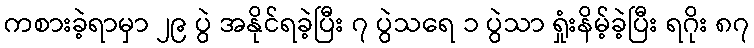
ကစားခဲ့ရာမှာ ၂၉ ပွဲ အနိုင်ရခဲ့ပြီး ၇ ပွဲသရေ ၁ ပွဲသာ ရှုံးနိမ့်ခဲ့ပြီး ရဂိုး ၈၇